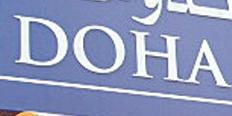
doha